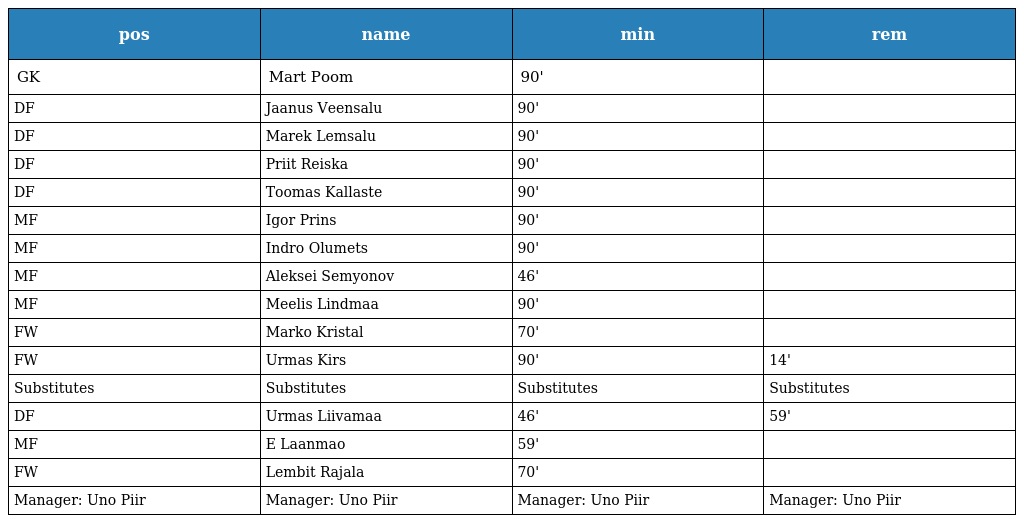
| pos | name | min | rem |
 | --- | --- | --- | --- |
 | GK | Mart Poom | 90' |  |
 | DF | Jaanus Veensalu | 90' |  |
 | DF | Marek Lemsalu | 90' |  |
 | DF | Priit Reiska | 90' |  |
 | DF | Toomas Kallaste | 90' |  |
 | MF | Igor Prins | 90' |  |
 | MF | Indro Olumets | 90' |  |
 | MF | Aleksei Semyonov | 46' |  |
 | MF | Meelis Lindmaa | 90' |  |
 | FW | Marko Kristal | 70' |  |
 | FW | Urmas Kirs | 90' | 14' |
 | Substitutes | Substitutes | Substitutes | Substitutes |
 | DF | Urmas Liivamaa | 46' | 59' |
 | MF | E Laanmao | 59' |  |
 | FW | Lembit Rajala | 70' |  |
 | Manager: Uno Piir | Manager: Uno Piir | Manager: Uno Piir | Manager: Uno Piir |